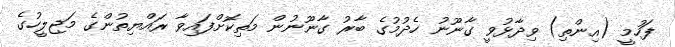
ފަހުމީ (އިންތި) ވިދާޅުވީ ގާނޫނު ހެދުމުގެ ބާރު ގާނޫނުން މަތިކޮށްފައިވާ ރައްޔިތުންގެ މަޖިލީހުގެ